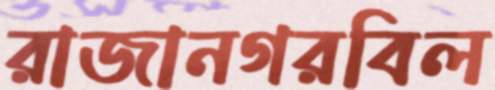
রাজানগরবিল